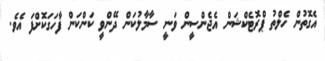
އެގޮތުން ހެލްތު ޕްރޮޓެކްޝަން އެޖެންސީން ވަނީ ސާމާލުކަން ދޭންވީ ކަންކަން ފާހަގަކޮށްފަ އެވެ.